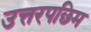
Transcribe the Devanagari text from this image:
उत्तरपछिम